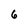
Character: 6